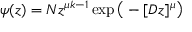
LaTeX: \psi ( z ) = { \cal N } z ^ { \mu k - 1 } \exp \big ( - [ D z ] ^ { \mu } \big )